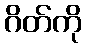
ဂိတ်ကို